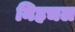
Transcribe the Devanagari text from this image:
निहचल